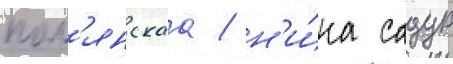
пол'янскаа / н'и́на садур